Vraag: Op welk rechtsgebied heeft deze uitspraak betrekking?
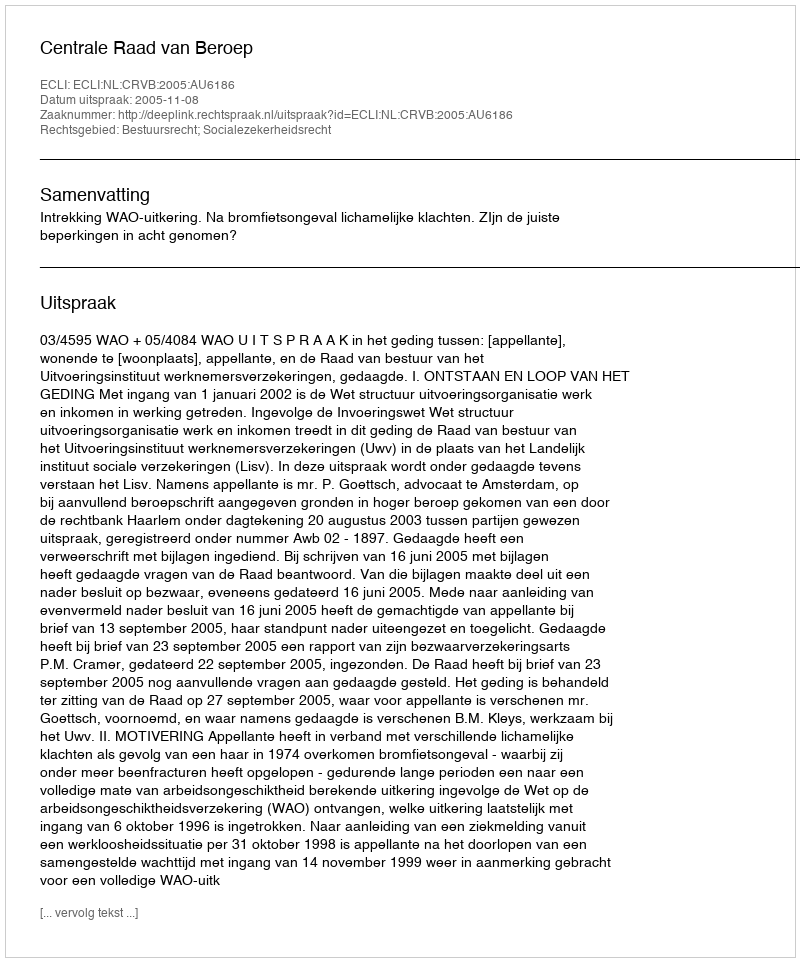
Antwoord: Bestuursrecht; Socialezekerheidsrecht